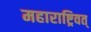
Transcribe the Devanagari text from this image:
महाराष्ट्रिवत्